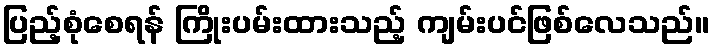
ပြည့်စုံစေရန် ကြိုးပမ်းထားသည့် ကျမ်းပင်ဖြစ်လေသည်။